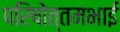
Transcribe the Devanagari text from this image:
परिषोत्तमभाई